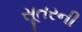
સૂતરની